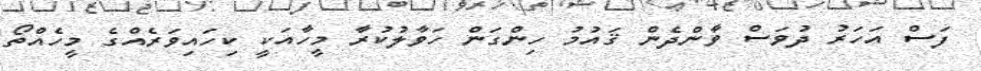
ފަސް އަހަރު ދުވަސް ވާންދެން ޤައުމު ހިންގަން ހަވާލުކުރާ މީހާއަކީ ކިހައިވަރެއްގެ މީހެއްތޯ